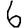
Digit: 6